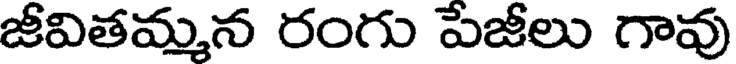
జీవితమ్మన రంగు పేజీలు గావు